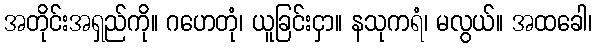
အတိုင်းအရှည်ကို။ ဂဟေတုံ၊ ယူခြင်းငှာ။ နသုကရံ၊ မလွယ်။ အထခေါ၊